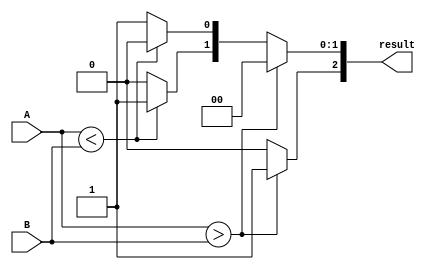
module ParameterizedComparator #(
    parameter N = 8  // Default bit width is 8 bits
)(
    input  [N-1:0] A,  // Input A
    input  [N-1:0] B,  // Input B
    output reg [2:0] result  // Output result: [A>B, A<B, A==B]
);

    // Always block to compare A and B
    always @(*) begin
        // Initialize result to zero
        result = 3'b000; 
        
        // Perform comparisons
        if (A > B) begin
            result[2] = 1'b1;  // A > B
        end else if (A < B) begin
            result[1] = 1'b1;  // A < B
        end else begin
            result[0] = 1'b1;  // A == B
        end
    end

endmodule